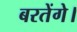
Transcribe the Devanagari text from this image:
बरतेंगे।